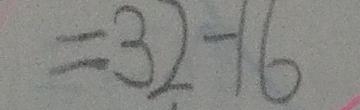
= 3 2 - 1 6